Calcutta medical institutions reports 1892-1900
Year: 1892
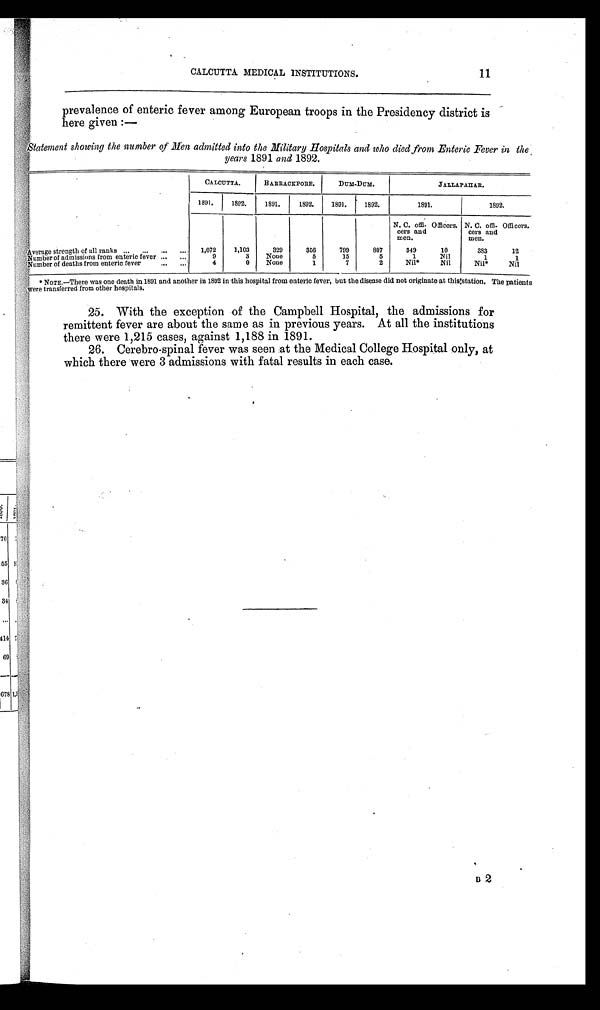
CALCUTTA MEDICAL INSTITUTIONS.
prevalence of enteric fever among European troops in the Presidency district is
here given:—
Statement showing the number of Men admitted into the Military Hospitals and who died from Enteric Fever in the
years 1891 and 1892.
CALCUTTA.
BARRACKPORE.
DUM-DUM.
JALLAPAHAR.
1891.
1892.
1891.
1892.
1891.
1892.
1891.
1892.
N. C. offi-
cers and
men.
Officers. N. C. offi-
cers and
men.
Officers.
Average strength of all ranks ...
...
...
...
1,072
1,103
329
356
799
807
349
10
383
12
Number of admissions from enteric fever ...
...
9
3
None
5
15
5
1
Nil
1
1
Number of deaths from enteric fever
...
...
4
0
None
1
7
2
Nil*
Nil
Nil*
Nil
*
NOTE.—There was one death in 1891 and another in 1892 in this hospital from enteric fever, but the disease did not originate at this station. The patients
were transferred from other hospitals.
25. With the exception of the Campbell Hospital, the admissions for
remittent fever are about the same as in previous years. At all the institutions
there were 1,215 cases, against 1,188 in 1891.
26. Cerebro-spinal fever was seen at the Medical College Hospital only, at
which there were 3 admissions with fatal results in each case.
11
B 2